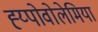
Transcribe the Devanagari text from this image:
ह्य्पोवोलेमिया